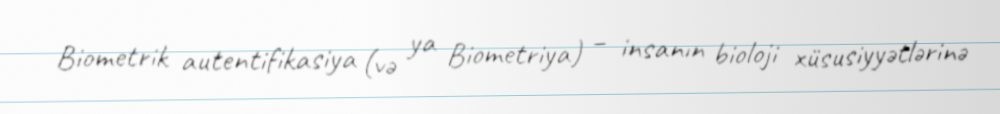
Biometrik autentifikasiya (və ya Biometriya) – insanın bioloji xüsusiyyətlərinə